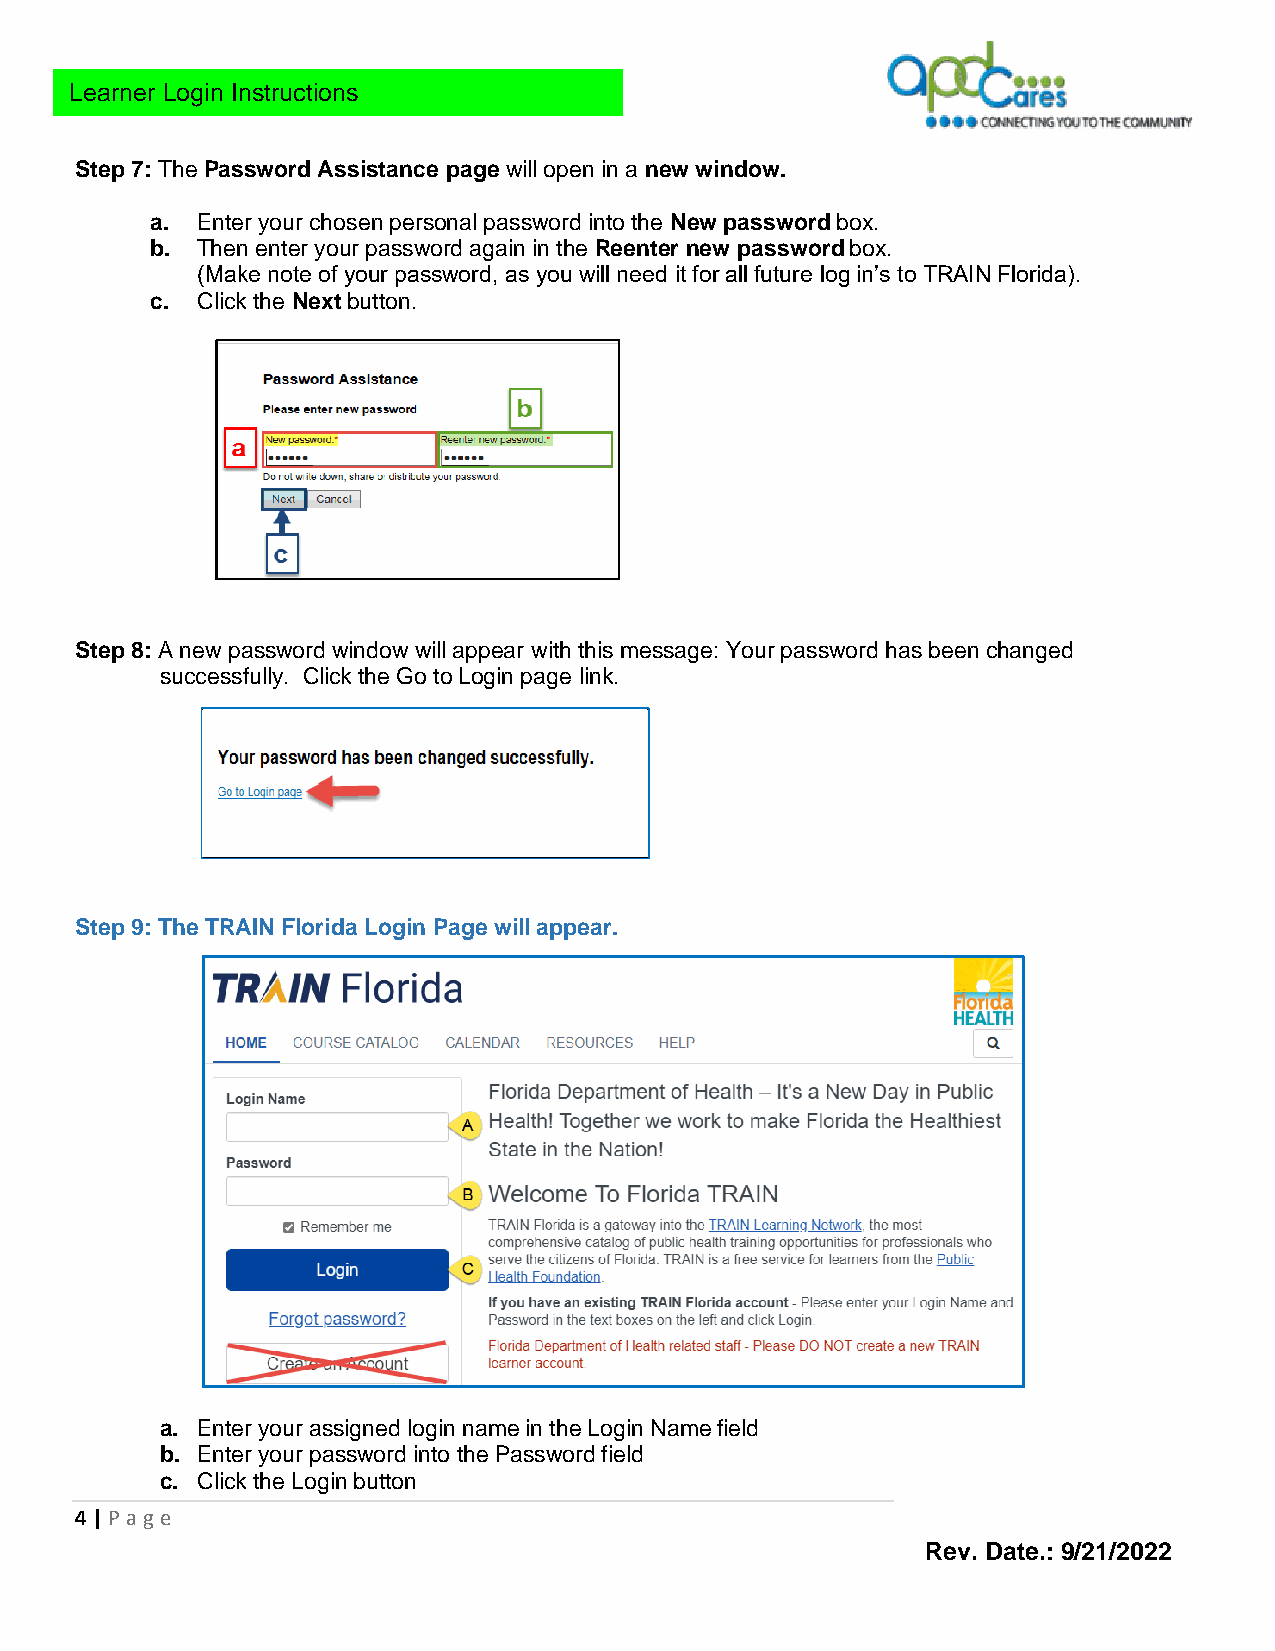
Learner Login Instructions
 Step 7: The Password Assistance page will open in a new window.
 a. Enter your chosen personal password into the New password box.
 b. Then enter your password again in the Reenter new password box.
 (Make note of your password, as you will need it for all future log in’s to TRAIN Florida).
 c. Click the Next button.
 Step 8: A new password window will appear with this message: Your password has been changed
 successfully. Click the Go to Login page link.
 Step 9: The TRAIN Florida Login Page will appear.
 a. Enter your assigned login name in the Login Name field
 b. Enter your password into the Password field
 c. Click the Login button
 4 | P age
 Rev. Date.: 9/21/2022